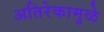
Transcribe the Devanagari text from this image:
अतिरेकामुळे